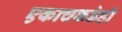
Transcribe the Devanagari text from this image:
एकाचकडेही